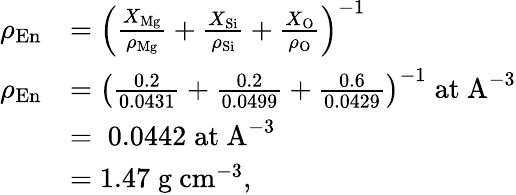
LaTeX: \begin{array}{rl}{\rho_{\mathrm{En}}}&{=\left(\frac{X_{\mathrm{Mg}}}{\rho_{\mathrm{Mg}}}+\frac{X_{\mathrm{Si}}}{\rho_{\mathrm{Si}}}+\frac{X_{\mathrm{O}}}{\rho_{\mathrm{O}}}\right)^{-1}}\\ {\rho_{\mathrm{En}}}&{=\left(\frac{0.2}{0.0431}+\frac{0.2}{0.0499}+\frac{0.6}{0.0429}\right)^{-1}\; \mathrm{at~A}^{-3}}\\ &{=\; 0.0442\; \mathrm{at~A}^{-3}}\\ &{=1.47\; \mathrm{g~cm}^{-3},}\end{array}